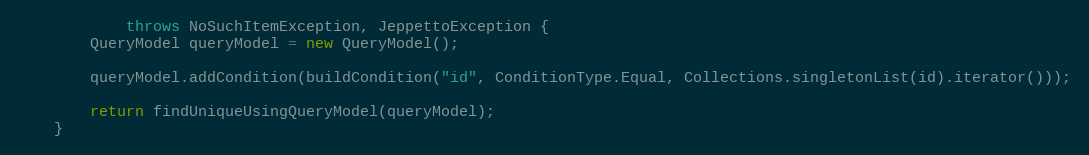
Language: Java
            throws NoSuchItemException, JeppettoException {
        QueryModel queryModel = new QueryModel();

        queryModel.addCondition(buildCondition("id", ConditionType.Equal, Collections.singletonList(id).iterator()));

        return findUniqueUsingQueryModel(queryModel);
    }